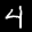
Label: 4